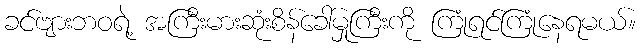
ခင်ဗျားဘဝရဲ့ အကြီးမားဆုံးစိန်ခေါ်မှုကြီးကို ကြုံရင်ကြုံနေရမယ်။